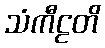
သံကီဠတိ